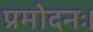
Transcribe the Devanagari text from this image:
प्रमोदनः।